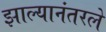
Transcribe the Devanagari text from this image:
झाल्यानंतरले